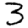
Digit: 3